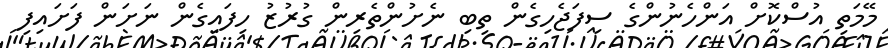
މޭމަތި އުސްކޮށް އަންހެނުންގެ ސިފަޖެހިގެން ތިބި ނެށުންތެރިން ގުރުޒު ހިފައިގެން ނަށަން ފަށައިފި